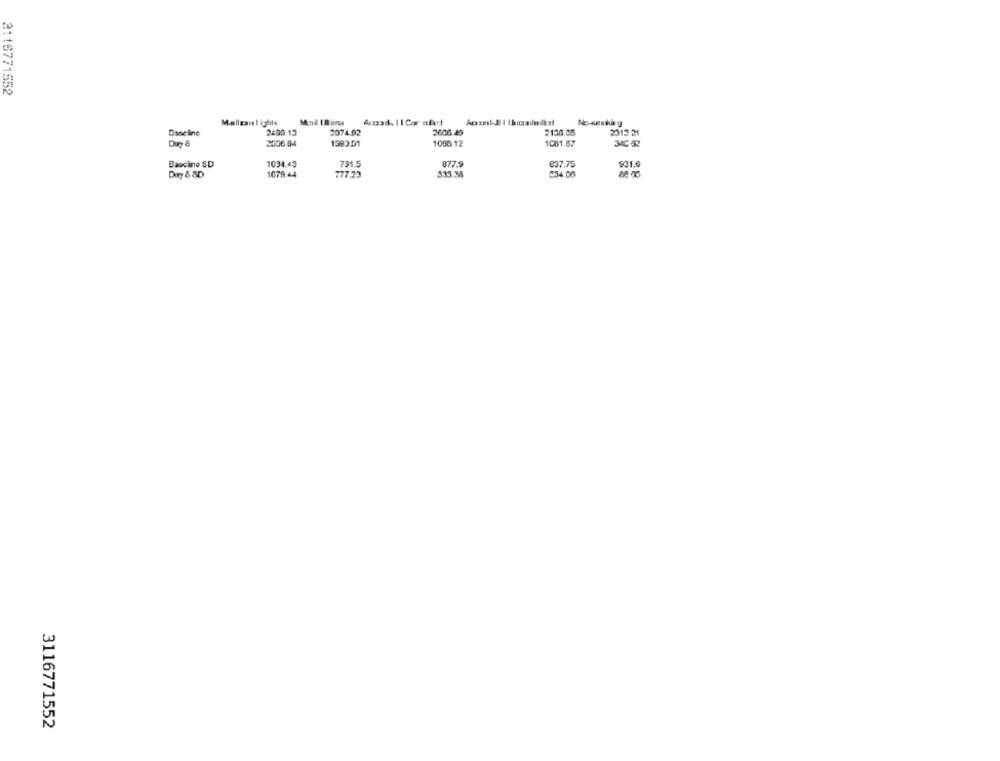
3116771552
Mallaai I ighils
Daseline
2499.13
2074.92
3606.49
2136.05
2313 21
2006.64
1390.01
1006.12
1081.87
34C 52
Bauciino SD
1034.43
731.5
877.9
837.75
$31.6
1079.44
777.23
333.34
$34.06
3116771552